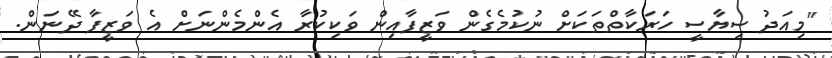
"މިއަދު ސިޔާސީ ހަރަކާތްތަކަށް ނުކުމެގެން ވަޒީފާއިން ވަކިކުރާ އެންމެންނަށް އެ ވަޒީފާ ދޭނަން.